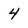
Character: 4